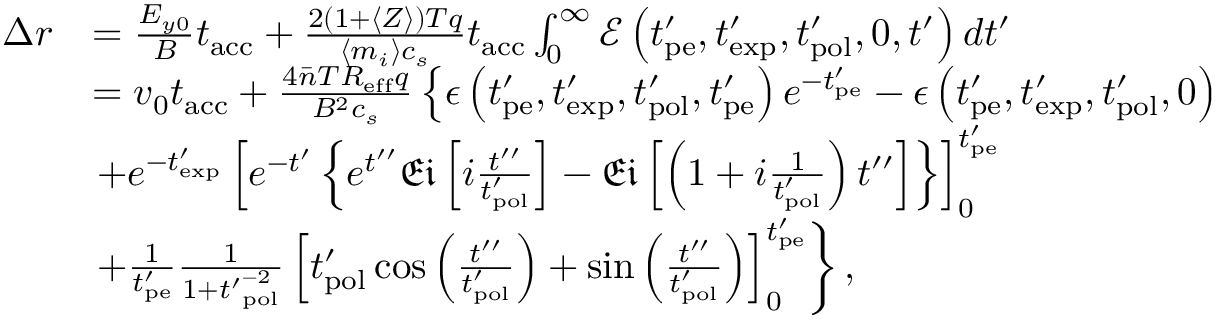
\begin{array} { r l } { \Delta r } & { = \frac { E _ { y 0 } } { B } t _ { \mathrm { a c c } } + \frac { 2 ( 1 + \langle Z \rangle ) T q } { \langle m _ { i } \rangle c _ { s } } t _ { \mathrm { a c c } } \int _ { 0 } ^ { \infty } \mathcal { E } \left( t _ { \mathrm { p e } } ^ { \prime } , t _ { \mathrm { e x p } } ^ { \prime } , t _ { \mathrm { p o l } } ^ { \prime } , 0 , t ^ { \prime } \right) d t ^ { \prime } } \\ & { = v _ { 0 } t _ { \mathrm { a c c } } + \frac { 4 \bar { n } T R _ { \mathrm { e f f } } q } { B ^ { 2 } c _ { s } } \left\{ \epsilon \left( t _ { \mathrm { p e } } ^ { \prime } , t _ { \mathrm { e x p } } ^ { \prime } , t _ { \mathrm { p o l } } ^ { \prime } , t _ { \mathrm { p e } } ^ { \prime } \right) e ^ { - t _ { \mathrm { p e } } ^ { \prime } } - \epsilon \left( t _ { \mathrm { p e } } ^ { \prime } , t _ { \mathrm { e x p } } ^ { \prime } , t _ { \mathrm { p o l } } ^ { \prime } , 0 \right) \right. } \\ & { \left. + e ^ { - t _ { \mathrm { e x p } } ^ { \prime } } \left[ e ^ { - t ^ { \prime } } \left\{ e ^ { t ^ { \prime \prime } } \mathfrak { E i } \left[ i \frac { t ^ { \prime \prime } } { t _ { \mathrm { p o l } } ^ { \prime } } \right] - \mathfrak { E i } \left[ \left( 1 + i \frac { 1 } { t _ { \mathrm { p o l } } ^ { \prime } } \right) t ^ { \prime \prime } \right] \right\} \right] _ { 0 } ^ { t _ { \mathrm { p e } } ^ { \prime } } \right. } \\ & { \left. + \frac { 1 } { t _ { \mathrm { p e } } ^ { \prime } } \frac { 1 } { 1 + { t ^ { \prime } } _ { \mathrm { p o l } } ^ { - 2 } } \left[ t _ { \mathrm { p o l } } ^ { \prime } \cos { \left( \frac { t ^ { \prime \prime } } { t _ { \mathrm { p o l } } ^ { \prime } } \right) } + \sin { \left( \frac { t ^ { \prime \prime } } { t _ { \mathrm { p o l } } ^ { \prime } } \right) } \right] _ { 0 } ^ { t _ { \mathrm { p e } } ^ { \prime } } \right\} , } \end{array}